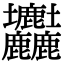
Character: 𡔚